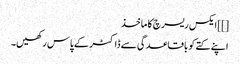
[]] ایکس ریسرچ کا ماخذ
اپنے کتے کو باقاعدگی سے ڈاکٹر کے پاس رکھیں۔